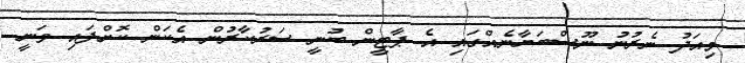
މިއަދު ނެރުނު ނޫސްބަޔާނެއްގައި އެ ޕާޓީން ބުނީ ސަރުކާރުން އެކަން ކޮށްފައި ވަނީ